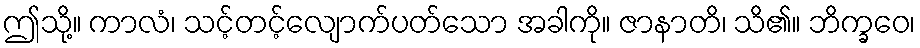
ဤသို့။ ကာလံ၊ သင့်တင့်လျောက်ပတ်သော အခါကို။ ဇာနာတိ၊ သိ၏။ ဘိက္ခဝေ၊